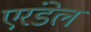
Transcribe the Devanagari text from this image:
एरंडेल